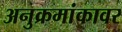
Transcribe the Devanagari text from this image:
अनुक्रमांकावर